Annual report of the Imperial Bacteriologist
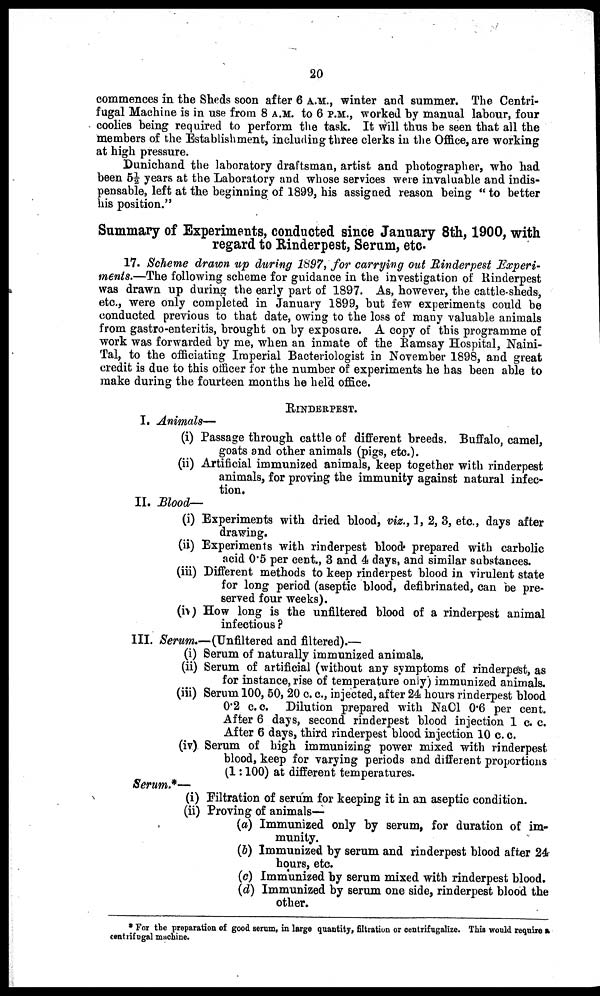
20
commences in the Sheds soon after 6 A.M., winter and summer. The Centri-
fugal Machine is in use from 8 A.M. to 6 P.M., worked by manual labour, four
coolies being required to perform the task. It will thus be seen that all the
members of the Establishment, including three clerks in the Office, are working
at high pressure.
Dunichand the laboratory draftsman, artist and photographer, who had
been 5½ years at the Laboratory and whose services were invaluable and indis-
pensable, left at the beginning of 1899, his assigned reason being " to better
his position."
Summary of Experiments, conducted since January 8th, 1900, with
regard to Rinderpest, Serum, etc.
17. Scheme drawn up during 1897, for carrying out Rinderpest Experi-
ments.—The following scheme for guidance in the investigation of Rinderpest
was drawn up during the early part of 1897. As, however, the cattle-sheds,
etc., were only completed in January 1899, but few experiments could be
conducted previous to that date, owing to the loss of many valuable animals
from gastro-enteritis, brought on by exposure. A copy of this programme of
work was forwarded by me, when an inmate of the Ramsay Hospital, Naini-
Tal, to the officiating Imperial Bacteriologist in November 1898, and great
credit is due to this officer for the number of experiments he has been able to
make during the fourteen months he held office.
RINDERPEST.
I. Animals—
(i) Passage through cattle of different breeds, Buffalo, camel,
goats and other animals (pigs, etc.).
(ii) Artificial immunized animals, keep together with rinderpest
animals, for proving the immunity against natural infec-
tion.
II. Blood—
(i) Experiments with dried blood, viz., 1, 2, 3, etc., days after
drawing.
(ii) Experiments with rinderpest blood prepared with carbolic
acid 0.5 per cent., 3 and 4 days, and similar substances.
(iii) Different methods to keep rinderpest blood in virulent state
for long period (aseptic blood, defibrinated, can be pre-
served four weeks).
(iv) How long is the unfiltered blood of a rinderpest animal
infectious ?
III. Serum.—(Unfiltered and filtered).—
(i) Serum of naturally immunized animals.
(ii) Serum of artificial (without any symptoms of rinderpest, as
for instance, rise of temperature only) immunized animals.
(iii) Serum 100, 50, 20 c. c., injected, after 24 hours rinderpest blood
0.2 c.c. Dilution prepared with NaCl 0.6 per cent.
After 6 days, second rinderpest blood injection 1 c. c.
After 6 days, third rinderpest blood injection 10 c. c.
(iv) Serum of high immunizing power mixed with rinderpest
blood, keep for varying periods and different proportions
(1:100) at different temperatures.
Serum.*—
(i) Filtration of serum for keeping it in an aseptic condition.
(ii) Proving of animals—
(a) Immunized only by serum, for duration of im-
munity.
(b) Immunized by serum and rinderpest blood after 24
hours, etc.
(c) Immunized by serum mixed with rinderpest blood.
(d) Immunized by serum one side, rinderpest blood the
other.
* For the preparation of good serum, in large quantity, filtration or centrifugalize. This would require a
centrifugal machine.